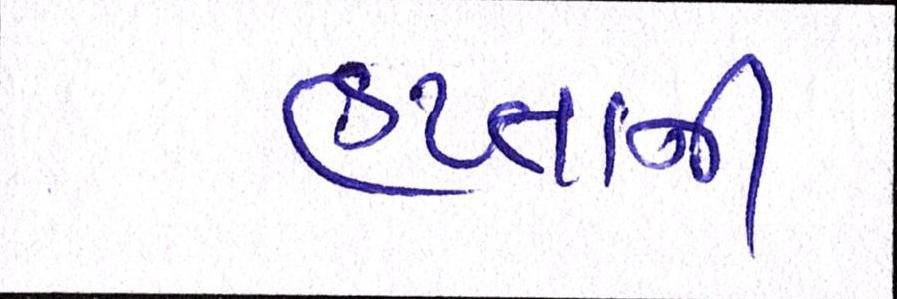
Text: હપ્તાની